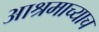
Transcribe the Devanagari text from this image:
आश्रमाच्याच